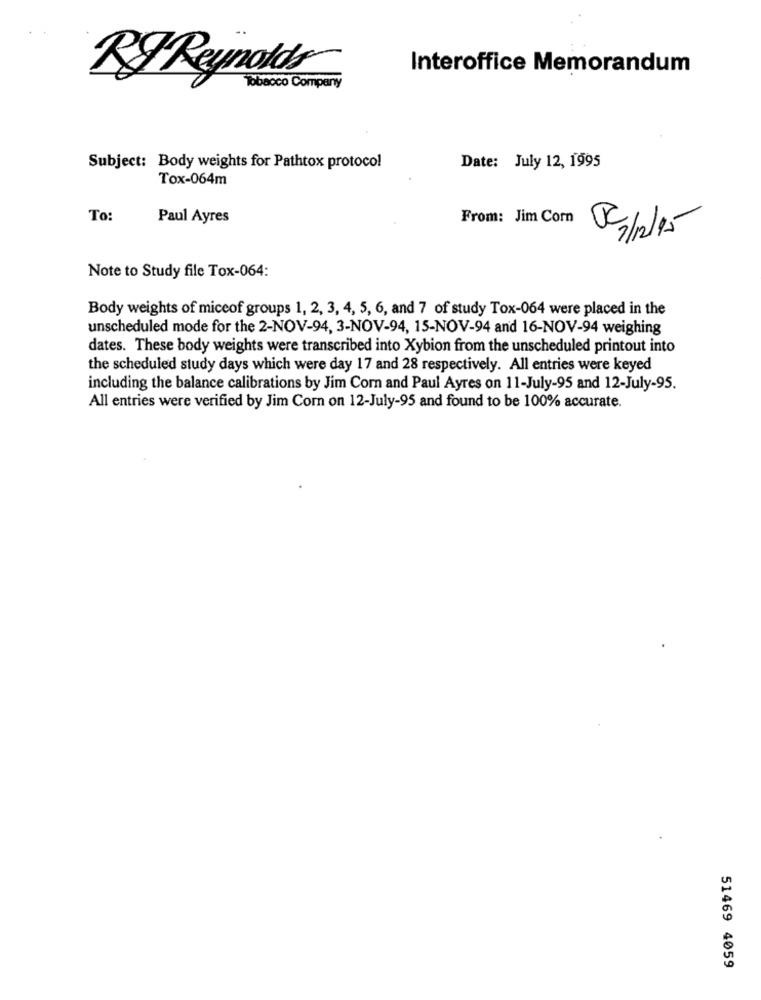
Interoffice Memorandum
RF Reynolds
Tobacco Company
Subject: Body weights for Pathtox protocol
Date: July 12, 1995
Tox-064m
To:
Paul Ayres
From: Jim Corn
Note to Study file Tox-064:
Body weights of miceof groups 1, 2, 3, 4, 5, 6, and 7 of study Tox-064 were placed in the
unscheduled mode for the 2-NOV-94, 3-NOV-94, 15-NOV-94 and 16-NOV-94 weighing
dates. These body weights were transcribed into Xybion from the unscheduled printout into
the scheduled study days which were day 17 and 28 respectively. All entries were keyed
including the balance calibrations by Jim Com and Paul Ayres on 11-July-95 and 12-July-95.
All entries were verified by Jim Corn on 12-July-95 and found to be 100% accurate.
51469 4059